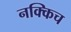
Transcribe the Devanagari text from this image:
नक्किच